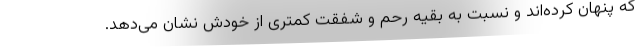
که پنهان کرده‌اند و نسبت به بقیه رحم و شفقت کمتری از خودش نشان می‌دهد.